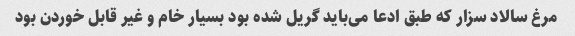
مرغ سالاد سزار که طبق ادعا می‌باید گریل شده بود بسیار خام و غیر قابل خوردن بود